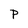
Character: P